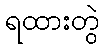
ရထားတွဲ